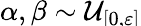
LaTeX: \alpha,\beta\sim\smash{\mathcal{U}_{[0,\varepsilon]}}